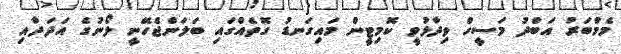
މެމްބަރު އަބްދު މަސީހް ވިދާޅުވީ ކޮމިޓީން މައިގަނޑު ގޮތެއްގައި ބަލަންޖެހޭނީ ލޯނުގެ އަދަދާއި